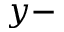
y -